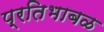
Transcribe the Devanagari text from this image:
प्रतिभाबळ